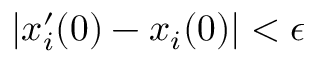
\lvert x _ { i } ^ { \prime } ( 0 ) - x _ { i } ( 0 ) \rvert < \epsilon